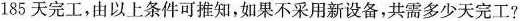
185天完工，由以上条件可推知，如果不采用新设备，共需多少天完工?